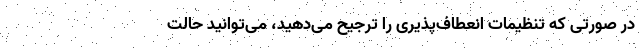
در صورتی که تنظیمات انعطاف‌پذیری را ترجیح می‌دهید، می‌توانید حالت